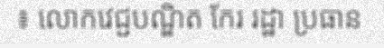
៖ លោកវេជ្ជបណ្ឌិត កែរ រដ្ឋា ប្រធាន